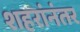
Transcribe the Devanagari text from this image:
शहरांनंतर